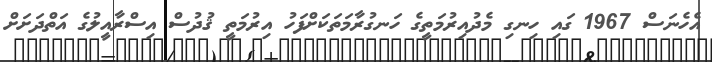
އެހެނަސް 1967 ގައި ހިނގި މެދުއިރުމަތީގެ ހަނގުރާމަތަކަށްފަހު އިރުމަތީ ޤުދުސް އިސްރާއީލުގެ އަތްދަށަށް